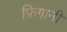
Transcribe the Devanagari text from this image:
फ़िगानी